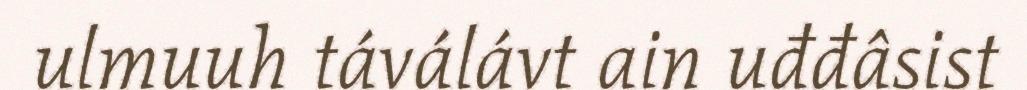
ulmuuh táválávt ain uđđâsist